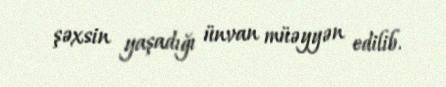
şəxsin yaşadığı ünvan müəyyən edilib.